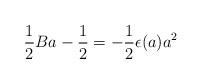
LaTeX: \begin{align*}{1\over 2} Ba - {1\over 2} =- {1\over 2}\epsilon(a) a^2 \end{align*}